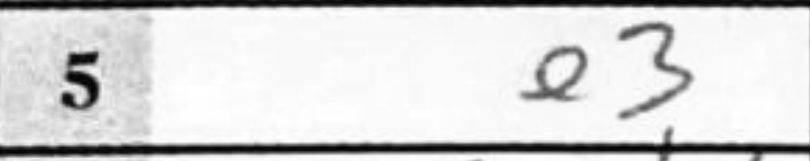
Transcription: e3